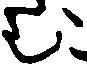
む